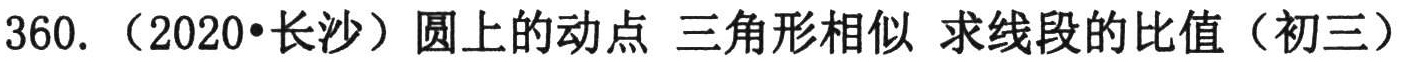
360.（2020•长沙）圆上的动点 三角形相似 求线段的比值（初三）